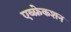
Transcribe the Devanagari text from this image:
एब्फ्रेकशन